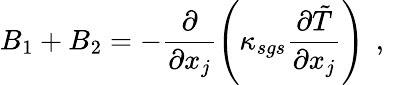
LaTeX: B_{1}+B_{2}=-\frac{\partial}{\partial x_{j}}\left(\kappa_{sgs}\frac{\partial\tilde{T}}{\partial x_{j}}\right)\, \mathrm{~,~}